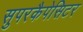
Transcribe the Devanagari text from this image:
सुपरकैपेसिटर